Vaccination in Burma 1920-1933 - 1920-1933
Year: 1920
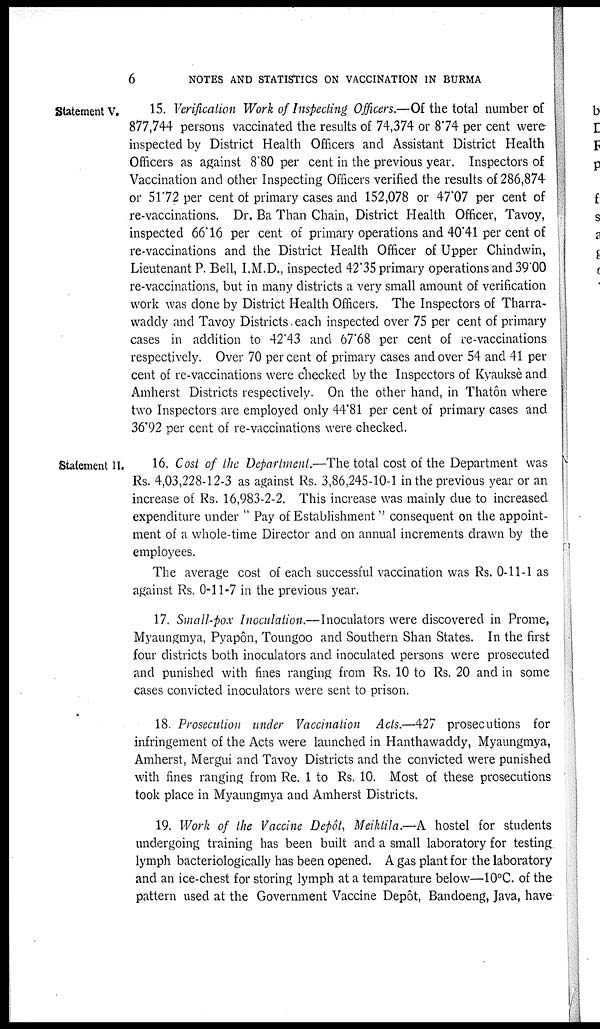
6
NOTES AND STATISTICS ON VACCINATION IN BURMA
Statement V.
15. Verification Work of Inspecting Officers.—Of the total number of
877,744 persons vaccinated the results of 74,374 or 8.74 per cent were
inspected by District Health Officers and Assistant District Health
Officers as against 8.80 per cent in the previous year. Inspectors of
Vaccination and other Inspecting Officers verified the results of 286,874
or 51.72 per cent of primary cases and 152,078 or 47.07 per cent of
re-vaccinations. Dr. Ba Than Chain, District Health Officer, Tavoy,
inspected 66.16 per cent of primary operations and 40.41 per cent of
re-vaccinations and the District Health Officer of Upper Chindwin,
Lieutenant P. Bell, I.M.D., inspected 42.35 primary operations and 39.00
re-vaccinations, but in many districts a very small amount of verification
work was done by District Health Officers. The Inspectors of Tharra-
waddy and Tavoy Districts. each inspected over 75 per cent of primary
cases in addition to 42'43 and 67.68 per cent of re-vaccinations
respectively. Over 70 per cent of primary cases and over 54 and 41 per
cent of re-vaccinations were checked by the Inspectors of Kyauksè and
Amherst Districts respectively. On the other hand, in Thatôn where
two Inspectors are employed only 44.81 per cent of primary cases and
36.92 per cent of re-vaccinations were checked.
Statement II.
16. Cost of the Department.—The total cost of the Department was
Rs. 4,03,228-12-3 as against Rs. 3,86,245-10-1 in the previous year or an
increase of Rs. 16,983-2-2. This increase was mainly due to increased
expenditure under " Pay of Establishment" consequent on the appoint-
ment of a whole-time Director and on annual increments drawn by the
employees.
The average cost of each successful vaccination was Rs. 0-11-1 as
against Rs. 0-11-7 in the previous year.
17. Small-pox Inoculation.—Inoculators were discovered in Prome,
Myaungmya, Pyapôn, Toungoo and Southern Shan States. In the first
four districts both inoculators and inoculated persons were prosecuted
and punished with fines ranging from Rs. 10 to Rs. 20 and in some
cases convicted inoculators were sent to prison.
18. Prosecution under Vaccination Acts.—427 prosecutions for
infringement of the Acts were launched in Hanthawaddy, Myaungmya,
Amherst, Mergui and Tavoy Districts and the convicted were punished
with fines ranging from Re. 1 to Rs. 10. Most of these prosecutions
took place in Myaungmya and Amherst Districts.
19. Work of the Vaccine Depôt, Meiktila.—A hostel for students
undergoing training has been built and a small laboratory for testing
lymph bacteriologically has been opened. A gas plant for the laboratory
and an ice-chest for storing lymph at a temparature below—10°C. of the
pattern used at the Government Vaccine Depôt, Bandoeng, Java, have